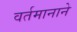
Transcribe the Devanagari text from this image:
वर्तमानाने